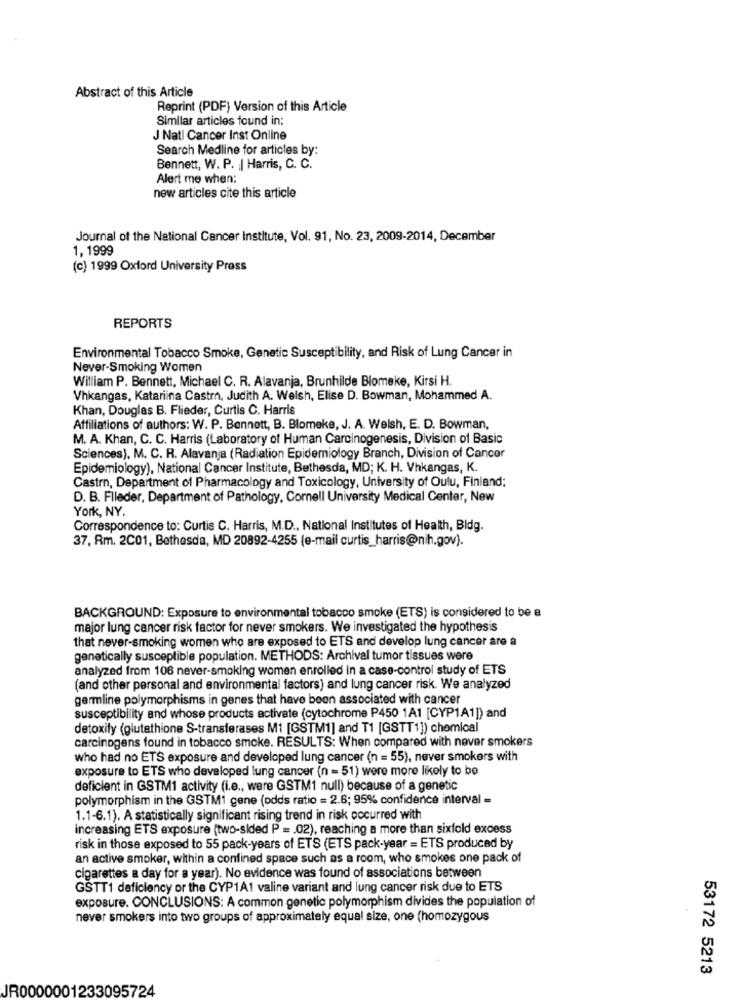
Abstract of this Article
Reprint (PDF) Version of this Article
Similar articles found in:
J Natl Cancer Inst Online
Search Medline for articles by:
Bennett, W. P. : | Harris, C. C.
Alert me when;
new articles cite this article
Journal of the National Cancer Institute, Vol. 91, No. 23, 2009-2014, December
1, 1999
(c) 1999 Oxford University Press
REPORTS
Environmental Tobacco Smoke, Genetic Susceptibility, and Risk of Lung Cancer in
Never-Smoking Women
William P. Bennett, Michael C. R. Alavanja, Brunhilde Blomeke, Kirsi H.
Vhkangas, Katariina Castr, Judith A. Welsh, Elise D. Bowman, Mohammed A.
Khan, Douglas B. Flieder, Curtis C. Harris
Affiliations of authors: W. P. Bennett, B. Blomeke, J. A. Welsh, E. D. Bowman,
M. A. Khan, C. C. Harris (Laboratory of Human Carcinogenesis, Division of Basic
Sciences), M. C. R. Alavanja (Radiation Epidemiology Branch, Division of Cancer
Epidemiology), National Cancer Institute, Bethesda, MD; K. H. Vhkangas, K.
Castro, Department of Pharmacology and Toxicology, University of Oulu, Finland;
D. B. Flleder, Department of Pathology, Cornell University Medical Center, New
York, NY.
Correspondence to: Curtis C. Harris, M.D ., National Institutes of Health, Bidg.
37, Rm. 2C01, Bethesda, MD 20892-4255 (e-mail curtis_harris@nih.gov).
BACKGROUND: Exposure to environmental tobacco smoke (ETS) is considered to be a
major lung cancer risk factor for never smokers. We investigated the hypothesis
that never-smoking women who are exposed to ETS and develop lung cancer are a
genetically susceptible population. METHODS: Archival tumor tissues were
analyzed from 106 never-smoking women enrolled in a case-control study of ETS
(and other personal and environmental factors) and lung cancer risk. We analyzed
germline polymorphisms in genes that have been associated with cancer
susceptibility and whose products activate (cytochrome P450 1A1 [CYP1A1]) and
detoxify (glutathione S-transferases M1 [GSTM1] and T1 [GSTT1]) chemical
carcinogens found in tobacco smoke. RESULTS: When compared with never smokers
who had no ETS exposure and developed lung cancer (n = 55), never smokers with
exposure to ETS who developed lung cancer (n = 51) were more likely to be
deficient in GSTM1 activity (i.e ., were GSTM1 null) because of a genetic
polymorphism in the GSTM1 gene (odds ratio = 2.6; 95% confidence interval =
1.1-6.1). A statistically significant rising trend in risk occurred with
increasing ETS exposure (two-sided P = . 02), reaching a more than sixfold excess
risk in those exposed to 55 pack-years of ETS (ETS pack-year = ETS produced by
an active smoker, within a confined space such as a room, who smokes one pack of
cigarettes a day for a year). No evidence was found of associations between
GSTT1 deficiency or the CYP1A1 valine variant and lung cancer risk due to ETS
exposure. CONCLUSIONS: A common genetic polymorphism divides the population of
never smokers into two groups of approximately equal size, one (homozygous
53172 5213
JR0000001233095724